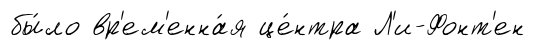
бы́ло вр'ем'енна́я це́нтра Л'и-Фонт'ен